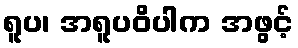
ရူပ၊ အရူပဝိပါက အဖွင့်